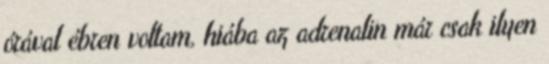
órával ébren voltam, hiába az adrenalin már csak ilyen